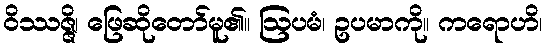
ဝိဿဇ္ဇိ၊ ဖြေဆိုတော်မူ၏။ ဩပမံ၊ ဥပမာကို။ ကရောဟိ၊